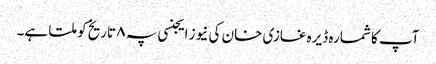
آپ کا شمارہ ڈیرہ غازی خان کی نیوز ایجنسی پہ ۸ تاریخ کو ملتا ہے۔